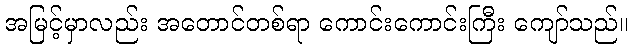
အမြင့်မှာလည်း အတောင်တစ်ရာ ကောင်းကောင်းကြီး ကျော်သည်။